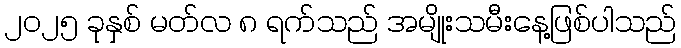
၂၀၂၅ ခုနှစ် မတ်လ ၈ ရက်သည် အမျိုးသမီးနေ့ဖြစ်ပါသည်